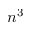
n ^ { 3 }